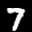
Label: 7